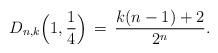
LaTeX: \begin{align*}D_{n,k}\Big(1,\frac{1}{4}\Big)\,=\,\frac{k(n-1)+2}{2^n}.\end{align*}